Indian journal of veterinary science and animal husbandry - Volume 13,
Year: 1943
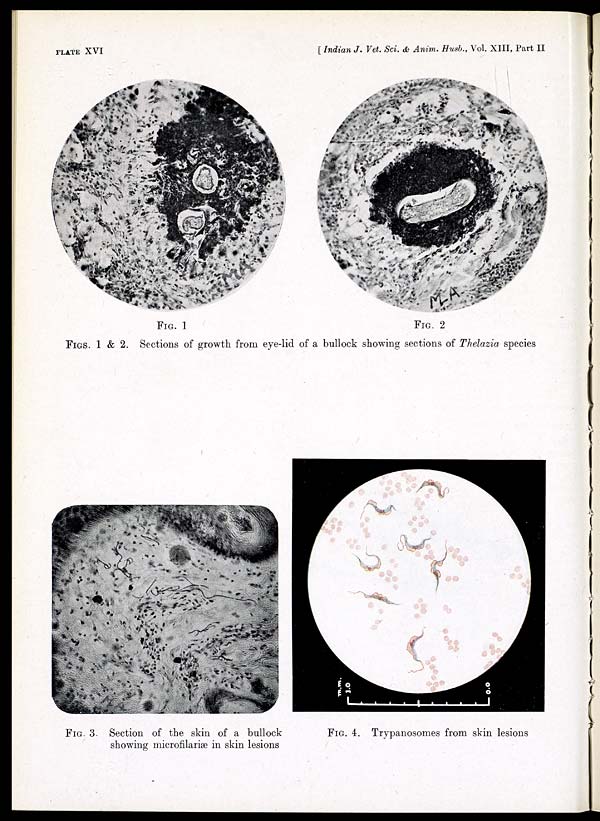
PLATE XVI
[ Indian J. Vet. Sci. & Anim. Husb., Vol. XIII, Part II
FIG. 1
FIG. 2
FIGS. 1 & 2. Sections of growth from eye-lid of a bullock showing sections of Thelazia species
FIG. 3. Section of the skin of a bullock
showing microfilariæ in skin lesions
FIG. 4. Trypanosomes from skin lesions